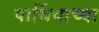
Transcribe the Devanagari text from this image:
पार्थिवाच्या